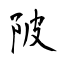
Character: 陂